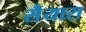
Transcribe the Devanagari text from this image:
सैयारा